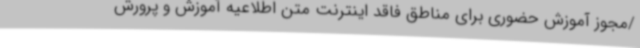
/مجوز آموزش حضوری برای مناطق فاقد اینترنت متن اطلاعیه آموزش و پرورش